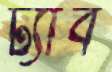
ট্যাব